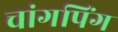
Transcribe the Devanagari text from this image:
चांगपिंग